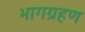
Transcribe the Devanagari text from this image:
भागग्रहण